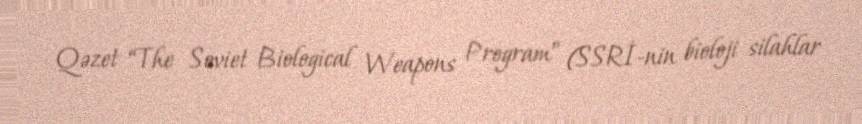
Qəzet “The Soviet Biological Weapons Program” (SSRİ-nin bioloji silahlar